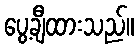
ပွေ့ချီထားသည်။